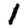
Digit: 1